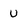
Character: U